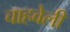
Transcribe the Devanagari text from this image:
चाहवेली